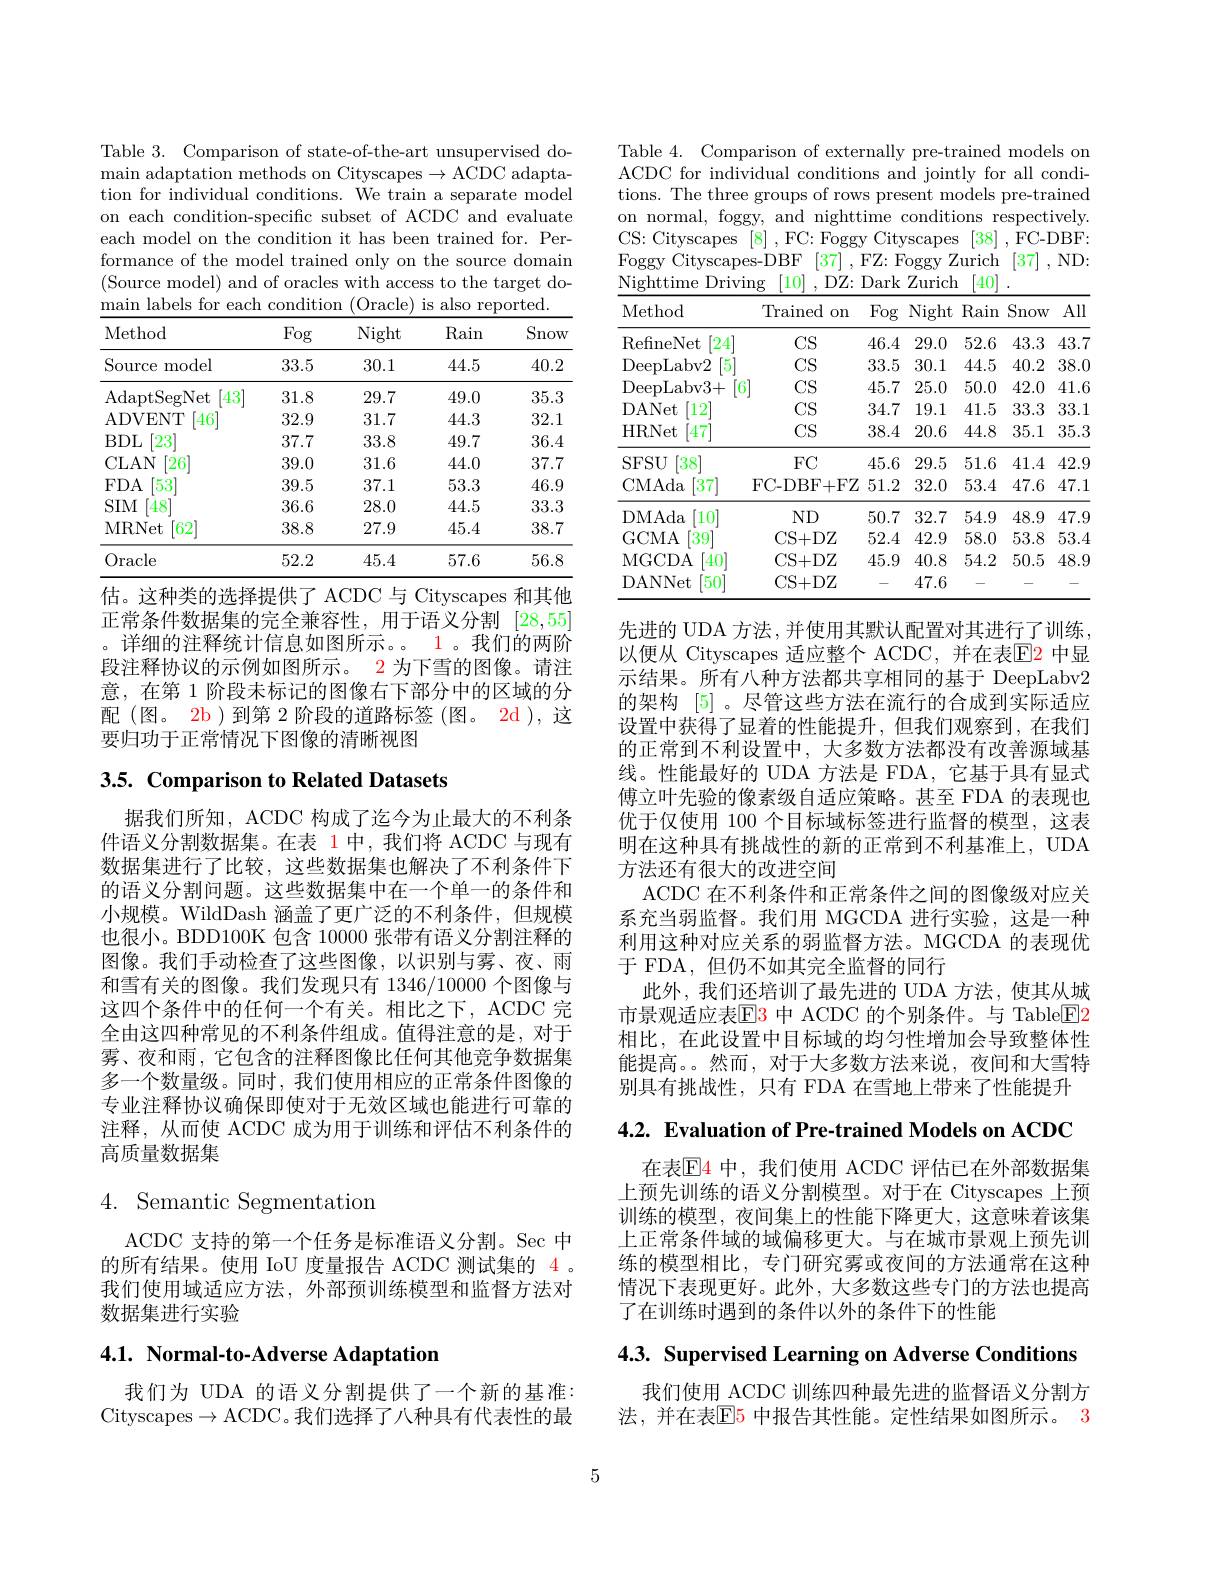
Table 3. Comparison of state-of-the-art unsupervised domain adaptation methods on Cityscapes $\to$ACDC adaptation for individual conditions. We train a separate model on each condition-specific subset of ACDC and evaluate each model on the condition it has been trained for. Performance of the model trained only on the source domain (Source model) and of oracles with access to the target do- $\begin{array}{cc}\text{main labels for each condition (Oracle) is also reported.}\end{array}$

<table>
	<tbody>
		<tr>
			<th>Method</th>
			<th>Fog</th>
			<th>Night</th>
			<th>Rain</th>
			<th>Snow</th>
		</tr>
		<tr>
			<td>Source model</td>
			<td>33.5</td>
			<td>30.1</td>
			<td>44.5</td>
			<td>40.2</td>
		</tr>
		<tr>
			<td>AdaptSegNet $43^{\prime}$</td>
			<td>31.8</td>
			<td>29.7</td>
			<td>49.0</td>
			<td>35.3</td>
		</tr>
		<tr>
			<td>ADVENT $46^{\prime}$</td>
			<td>32.9</td>
			<td>31.7</td>
			<td>44.3</td>
			<td>32.1</td>
		</tr>
		<tr>
			<td>$BDL$ $23'$</td>
			<td>37.7</td>
			<td>33.8</td>
			<td>49.7</td>
			<td>36.4</td>
		</tr>
		<tr>
			<td>CLAN $26^{\prime}$</td>
			<td>39.0</td>
			<td>31.6</td>
			<td>44.0</td>
			<td>37.7</td>
		</tr>
		<tr>
			<td>$FDA$ 53</td>
			<td>39.5</td>
			<td>37.1</td>
			<td>53.3</td>
			<td>46.9</td>
		</tr>
		<tr>
			<td>$SIM$ 48</td>
			<td>36.6</td>
			<td>28.0</td>
			<td>44.5</td>
			<td>33.3</td>
		</tr>
		<tr>
			<td>MRNet [62]</td>
			<td>38.8</td>
			<td>27.9</td>
			<td>45.4</td>
			<td>38.7</td>
		</tr>
		<tr>
			<td>Oracle</td>
			<td>52.2</td>
			<td>45.4</td>
			<td>57.6</td>
			<td>56.8</td>
		</tr>
	</tbody>
</table>
估。这种类的选择提供了 ACDC 与 Cityscapes 和其他

正常条件数据集的完全兼容性，用于语义分割[28,55] 。详细的注释统计信息如图所示。。1。我们的两阶段注释协议的示例如图所示。2 为下雪的图像。请注意，在第 1 阶段未标记的图像右下部分中的区域的分配(图。2b)到第 2 阶段的道路标签 (图。2d ), 这要归功于正常情况下图像的清晰视图

# 3.5. Comparison to Related Datasets

据我们所知，ACDC 构成了迄今为止最大的不利条件语义分割数据集。在表 1中，我们将 ACDC 与现有数据集进行了比较，这些数据集也解决了不利条件下的语义分割问题。这些数据集中在一个单一的条件和小规模。WildDash 涵盖了更广泛的不利条件，但规模也很小。BDD100K 包含 10000 张带有语义分割注释的图像。我们手动检查了这些图像，以识别与雾、夜、雨和雪有关的图像。我们发现只有 1346/10000 个图像与这四个条件中的任何一个有关。相比之下，ACDC 完全由这四种常见的不利条件组成。值得注意的是，对于雾、夜和雨，它包含的注释图像比任何其他竞争数据集多一个数量级。同时，我们使用相应的正常条件图像的专业注释协议确保即使对于无效区域也能进行可靠的注释，从而使 ACDC 成为用于训练和评估不利条件的高质量数据集

# 4. Semantic Segmentation

ACDC 支持的第一个任务是标准语义分割。Sec 中的所有结果。使用 IoU 度量报告 ACDC 测试集的$\color{red}{4}$ 。我们使用域适应方法，外部预训练模型和监督方法对数据集进行实验

# 4.1. Normal-to-Adverse Adaptation

我们为 UDA 的语义分割提供了一个新的基准： Cityscapes$\to$ACDC。我们选择了八种具有代表性的最

Table 4. Comparison of externally pre-trained models on ACDC for individual conditions and jointly for all conditions. The three groups of rows present models pre-trained on normal, foggy, and nighttime conditions respectively. CS: Cityscapes [8] ,FC: Foggy Cityscapes [38] ,FC-DBF: Foggy Cityscapes-DBF [37],FZ: Foggy Zurich [37] ,ND: Nighttime Driving [10] ,DZ: Dark Zurich[40]

<table>
	<tbody>
		<tr>
			<th>Method</th>
			<th>Trained on</th>
			<th>Fog</th>
			<th>Night</th>
			<th>Rain</th>
			<th>Snow</th>
			<th>All</th>
		</tr>
		<tr>
			<td>RefineNet [24]</td>
			<td>$CS$</td>
			<td>46.4</td>
			<td>29.0</td>
			<td>52.6</td>
			<td>43.3</td>
			<td>43.7</td>
		</tr>
		<tr>
			<td>DeepLabv2 5</td>
			<td>CS</td>
			<td>33.5</td>
			<td>30.1</td>
			<td>44.5</td>
			<td>40.2</td>
			<td>38.0</td>
		</tr>
		<tr>
			<td>DeepLabv3+ </td>
			<td>6 $CS$</td>
			<td>45.7</td>
			<td>25.0</td>
			<td>50.0</td>
			<td>42.0</td>
			<td>41.6</td>
		</tr>
		<tr>
			<td>DANet $12^{\prime}$</td>
			<td>CS</td>
			<td>34.7</td>
			<td>19.1</td>
			<td>41.5</td>
			<td>33.3</td>
			<td>33.1</td>
		</tr>
		<tr>
			<td>HRNet [47]</td>
			<td>$CS$</td>
			<td>38.4</td>
			<td>20.6</td>
			<td>44.8</td>
			<td>35.1</td>
			<td>35.3</td>
		</tr>
		<tr>
			<td>$SFSU$ $[38^{\cdot}$</td>
			<td>FC</td>
			<td>45.6</td>
			<td>29.5</td>
			<td>51.6</td>
			<td>41.4</td>
			<td>42.9</td>
		</tr>
		<tr>
			<td>CMAda [37]</td>
			<td>FC- DBF+ FZ</td>
			<td>51.2</td>
			<td>32.0</td>
			<td>53.4</td>
			<td>47.6</td>
			<td>47.1 1 </td>
		</tr>
		<tr>
			<td>DMAda '10</td>
			<td>$ND$</td>
			<td>50.7</td>
			<td>32.7</td>
			<td>54.9</td>
			<td>48.9</td>
			<td>47.9</td>
		</tr>
		<tr>
			<td>GCMA 39</td>
			<td>CS+ DZ</td>
			<td>52.4</td>
			<td>42.9</td>
			<td>58.0</td>
			<td>53.8</td>
			<td>53.4</td>
		</tr>
		<tr>
			<td>MGCDA '40</td>
			<td>CS+ DZ</td>
			<td>45.9</td>
			<td>40.8</td>
			<td>54.2</td>
			<td>50.5</td>
			<td>48.9</td>
		</tr>
		<tr>
			<td>DANNet 50</td>
			<td>CS+ DZ</td>
			<td>- </td>
			<td>47.6</td>
			<td>- </td>
			<td>- </td>
			<td> </td>
		</tr>
	</tbody>
</table>

先进的 UDA 方法，并使用其默认配置对其进行了训练， 以便从 Cityscapes 适应整个 ACDC,并在表E2 中显示结果。所有八种方法都共享相同的基于 DeepLabv2的架构[5] 。尽管这些方法在流行的合成到实际适应设置中获得了显着的性能提升，但我们观察到，在我们的正常到不利设置中，大多数方法都没有改善源域基线。性能最好的 UDA 方法是 FDA, 它基于具有显式傅立叶先验的像素级自适应策略。甚至 FDA 的表现也优于仅使用 100 个目标域标签进行监督的模型，这表明在这种具有挑战性的新的正常到不利基准上，UDA 方法还有很大的改进空间
ACDC 在不利条件和正常条件之间的图像级对应关系充当弱监督。我们用 MGCDA 进行实验，这是一种利用这种对应关系的弱监督方法。MGCDA 的表现优于 FDA, 但仍不如其完全监督的同行
此外，我们还培训了最先进的 UDA 方法，使其从城市景观适应表$\color{red}{\mathrm{E}}\color{blue}{\mathrm{3}}$ 中 ACDC 的个别条件。与 Table$\color{red}{\mathrm{E}}\color{red}{\mathrm{2}}$ 相比，在此设置中目标域的均匀性增加会导致整体性能提高。。然而，对于大多数方法来说，夜间和大雪特别具有挑战性，只有 FDA 在雪地上带来了性能提升

4.2. Evaluation of Pre-trained Models on ACDC

在表$\mathbb{E}$4 中，我们使用 ACDC 评估已在外部数据集上预先训练的语义分割模型。对于在 Cityscapes 上预训练的模型，夜间集上的性能下降更大，这意味着该集上正常条件域的域偏移更大。与在城市景观上预先训练的模型相比，专门研究雾或夜间的方法通常在这种情况下表现更好。此外，大多数这些专门的方法也提高了在训练时遇到的条件以外的条件下的性能

4.3. Supervised Learning on Adverse Conditions

我们使用 ACDC 训练四种最先进的监督语义分割方法，并在表$\mathbb{E}$5 中报告其性能。定性结果如图所示。3

5